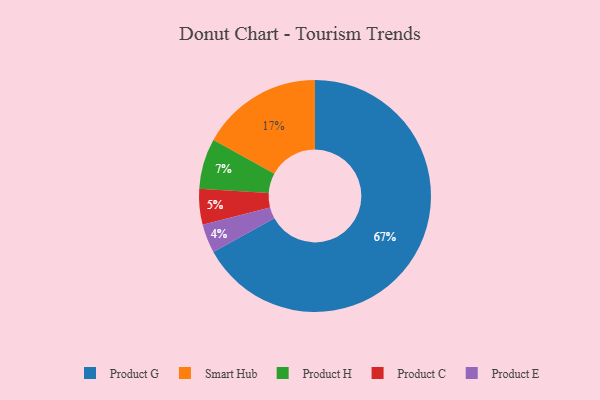
{"axis": {"x": "Category", "y": "Percentage"}, "legend": ["Product C", "Product E", "Product G", "Product H", "Smart Hub"], "data": [{"x": "Product G", "y": 67, "type": "Product G"}, {"x": "Product H", "y": 7, "type": "Product H"}, {"x": "Product E", "y": 4, "type": "Product E"}, {"x": "Product C", "y": 5, "type": "Product C"}, {"x": "Smart Hub", "y": 17, "type": "Smart Hub"}]}